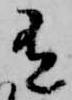
有